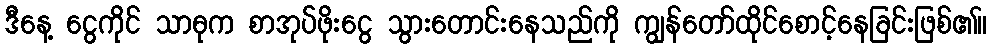
ဒီနေ့ ငွေကိုင် သာဓုက စာအုပ်ဖိုးငွေ သွားတောင်းနေသည်ကို ကျွန်တော်ထိုင်စောင့်နေခြင်းဖြစ်၏။